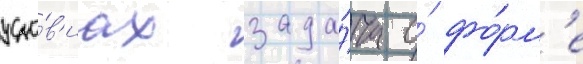
усло́в'иах зада́ча о́ фо́рм'е